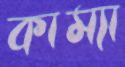
কাম্যা